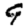
Digit: 9